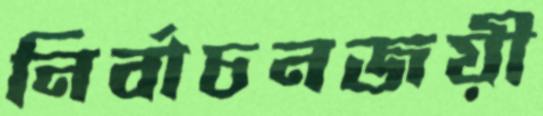
নির্বাচনজয়ী